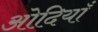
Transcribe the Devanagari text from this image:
ओदियाँ